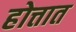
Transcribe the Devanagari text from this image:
होत्तात